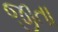
જીતા